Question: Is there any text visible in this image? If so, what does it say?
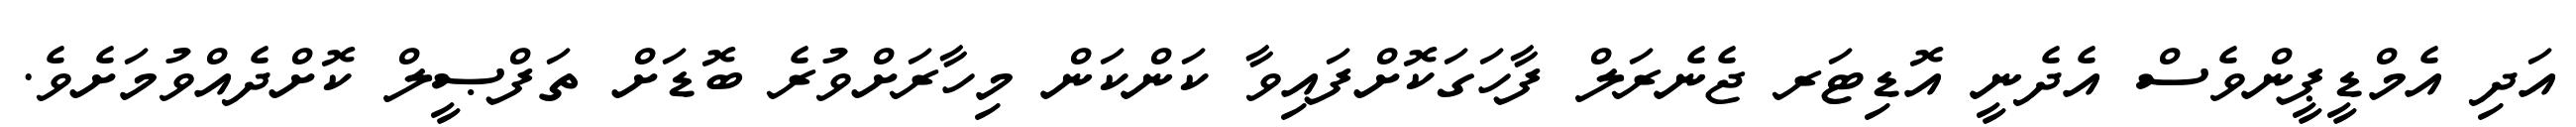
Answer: އަދި އެމްޑީޕީންވެސް އެދެނީ އޮޑިޓަރ ޖެނެރަލް ފާހަގަކޮށްފައިވާ ކަންކަން މިހާރަށްވުރެ ބޮޑަށް ތަފްޞީލް ކޮށްދެއްވުމަށެވެ.